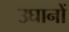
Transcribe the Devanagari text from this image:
उघानों